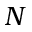
N